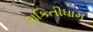
શકિતીધામ